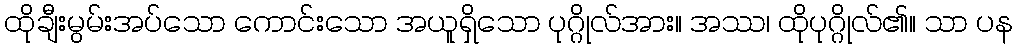
ထိုချီးမွမ်းအပ်သော ကောင်းသော အယူရှိသော ပုဂ္ဂိုလ်အား။ အဿ၊ ထိုပုဂ္ဂိုလ်၏။ သာ ပန